Report on vaccination in Madras 1922-1929 - 1922-1929
Year: 1922
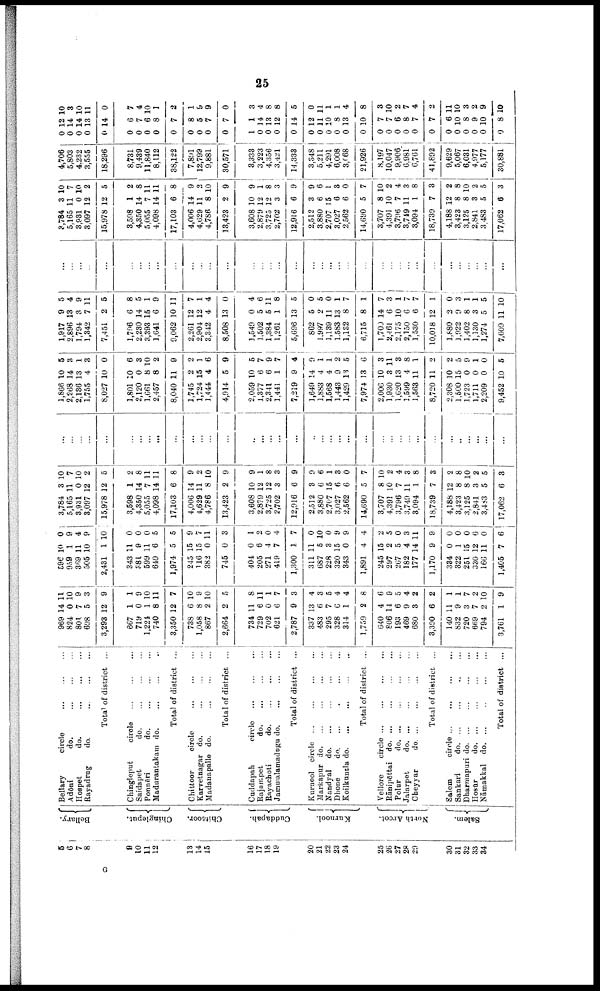
25
5
6
7
8
9
10
11
12
13
14
15
16
17
18
19
20
21
22
23
24
25
26
27
28
20
30
31
32
33
34
Bellary.
Chingleput.
Chittoor.
Cuddapah.
Kurnool.
North Arcot.
Salem.
Bellary
circle. ... ... ... ...
Adōni
do. ... ... ... ... ...
Hospet
do.
...
...
...
...
Rayadrug
do.
...
...
...
Total of district ...
Chingleput
circle... ... ... ...
Saidapet
do.... ... ... ...
Ponnēri
d
o
. ... ... ...
Madurantakam do. ... ... ... ...
Total of district ...
Chittoor
circle... ... ...
Karvetnagar do. ... ... ...
Madanapalle do.
...
...
...
...
Total of district ...
Cuddapah
circle... ... ... ...
Rajampet
do. ... ... ... ...
Rayachoti
d
o
. ... ... ... ...
Jammalamadugu do. ... ... ...
Total of district ...
Kurnool
circle... ... ... ... ...
Markapur d
o
. ... ... ... ...
Nandyal d
o
. ... ... ... ...
Dhone
do.
...
...
...
...
Koilkuntla d
o
. ... ... ... ...
Total of district ...
Vellore
circle
...
...
...
...
Rānipettai d
o
. ... ... ... ...
Polur
d
o
. ... ... ... ...
Jalarpet
do. ... ... ... ... ...
Cheyyar
d
o
. ... ... ... ...
Total of district ...
Salem
circle... ... ... ...
Sankari
do... ... ... ... ...
Dharmapuri d
o
. ... ... ... ...
Hosūr
d
o
. ... ... ... ...
Nāmakkal do. ...
...
...
...
Total of district ...
969
824
801
698
3,293
667
719
1,221
740
3,350
738
1,058
867
2,664
734
729
702
621
2,787
337
483
295
328
314
1,759
640
806
193
469
680
3,390
140
832
720
669
794
3,761
14
0
7
5
12
1
0
1
8
12
6
8
2
2
11
6
0
6
9
13
6
7
6
1
2
4
14
6
9
3
6
11
9
3
7
2
1
11
10
9
3
9
1
9
10
11
7
10
9
10
5
8
11
1
7
3
4
3
5
4
4
8
6
9
5
4
2
2
1
1
7
2
10
9
596
959
369
505
2,431
343
381
599
649
1,974
245
116
382
745
404
205
271
419
1,300
311
687
228
320
343
1,891
245
297
267
182
177
1,170
334
322
251
330
166
1,405
10
1
11
10
1
11
9
11
6
5
15
15
0
0
0
6
4
7
1
11
5
3
15
0
4
15
2
5
4
14
9
0
1
15
12
11
7
0
9
4
9
10
0
0
0
5
5
9
7
11
3
1
2
0
4
7
0
10
0
9
9
4
2
5
0
3
11
9
0
0
0
6
0
6
3,784
5,165
3,931
3,097
15,978
3,598
4,350
5,055
4,098
17,103
4,006
4,629
4,786
13,423
3,608
2,879
3,725
2,702
12,916
2,512
3,880
2,707
3,027
2,562
14,690
3,707
4,391
3,796
3,740
3,094
18,739
4,188
3,423
3,125
2,841
3,483
17,062
3
11
0
12
12
1
14
7
14
6
14
11
8
2
10
12
12
3
6
3
6
15
6
6
5
8
10
7
11
1
7
12
8
8
3
5
6
10
7
10
2
5
2
8
11
11
8
9
2
10
9
9
1
8
3
9
9
6
1
3
0
7
10
2
4
3
8
3
2
8
10
2
5
3
...
...
...
...
...
...
...
...
...
...
...
...
...
...
...
...
...
...
...
...
...
...
...
...
...
...
...
...
...
...
...
...
...
...
...
...
...
1,866
2,268
2,136
1,755
8,027
1,801
2,120
1,661
2,457
8,040
1,745
1,724
1,444
4,914
2,059
1,377
2,341
1,441
7,219
1,649
1,883
1,568
1,443
1,429
7,974
2,006
1,930
1,620
1,599
1,563
8,720
2,308
1,500
1,723
1,711
2,209
9,452
10
14
13
4
10
10
0
8
8
11
2
15
4
5
10
6
6
1
9
14
4
4
9
l3
13
10
3
13
4
11
11
10
15
0
0
0
10
5
3
1
3
0
6
3
10
2
9
2
1
6
9
5
7
9
7
4
9
1
1
2
5
6
3
11
3
8
1
2
2
5
9
1
0
5
1,917
2,896
1,794
1,342
7,451
1,796
2,230
3,393
1,641
9,062
2,261
2,904
3,342
8,508
1,549
1,502
1,384
1,261
5,696
862
1,997
1,139
1,583
1,132
6,715
1,700
2,461
2,175
2,150
1,530
10,018
1,880
1,922
1,402
1,130
1,274
7,609
9
13
3
7
2
6
14
15
6
10
12
12
4
13
0
5
5
1
13
5
2
11
13
8
8
14
6
10
6
6
12
2
9
8
3
5
11
5
4
9
11
5
8
5
1
9
11
7
1
4
0
4
6
11
8
5
0
5
0
1
7
1
7
3
1
7
7
1
0
3
1
1
5
10
...
...
...
...
...
...
...
...
...
...
...
...
...
...
...
...
...
...
...
...
...
...
...
...
...
...
...
...
...
...
...
...
...
...
...
...
...
3,784
5,165
3,931
3,097
15,978
3,598
4,350
5,055
4,098
17,103
4,006
4,629
4,786
13,423
3,608
2,879
3,725
2,702
12,916
2,512
3,880
2,707
3,027
2,562
14,690
3,707
4,391
3,796
3,749
3,094
18,739
4,188
3,423
3,125
2,841
3,483
17,062
3
11
0
12
12
1
14
7
14
6
14
11
8
2
10
12
12
3
6
3
6
15
6
6
5
8
10
7
11
1
7
12
8
8
3
5
6
10
7
10
2
5
2
8
11
11
8
9
2
10
9
9
1
8
3
9
9
6
1
3
0
7
10
2
4
3
8
3
2
8
10
2
5
3
4,706
5,803
4,232
3,555
18,296
8,731
9,439
11,840
8,112
38,122
7,891
12,799
9,881
30,571
3,333
3,223
4,356
3,421
14,333
3,348
5,211
4,291
6,008
3,068
21,926
8,197
10,047
9,906
6,981
6,761
41,892
9,629
5,067
6,031
4,977
5,177
30,881
0
0
0
0
0
0
0
0
0
0
0
0
0
0
1
0
0
0
0
0
0
0
0 0
0
0
0
0
0
0
0
0
0
0
0
0
0
12
14
14
13
14
6
7
6
8
7
8
5
7
7
1
14
13
12
14
12
11
10
8
13
10
7
7
6
8
7
7
6
10
8
9
10
8
10
3
10
11
0
7
4
10
1
2
1
9
9
0
3
4
8
8
5
0
11
1
1
4
8
3
10
2
7
4
2
11
10
3
2
9
10
G